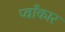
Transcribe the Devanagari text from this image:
प्वाँकार